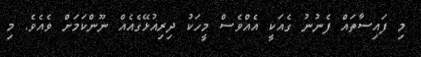
މި ފައިސާތައް ފެނުނު ގެއަކީ އެއްވެސް މީހަކު ދިރިއުޅޭގެއެއް ނޫންކަމަށް ވެއެވެ. މި